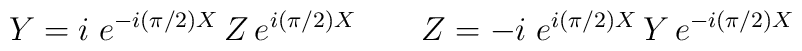
Y=i\;e^{-i({\pi}/{2}) X}\, Z\, e^{i({\pi}/{2}) X}\qquad 	Z=-i\;e^{i({\pi}/{2}) X}\,Y\,e^{-i({\pi}/{2}) X}